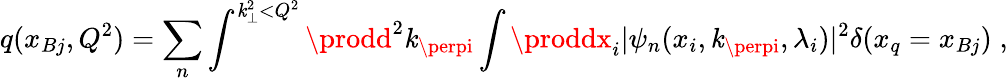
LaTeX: q(x_{Bj},Q^{2})=\sum_{n}\int^{\mathit{k}_{\perp}^{2}<Q^{2}}\prodd^{2}\mathit{k}_{\perpi}\int{\proddx_{i}}\vert\psi_{n}(x_{i},\mathit{k}_{\perpi},\lambda_{i})\vert^{2}\delta(x_{q}=x_{Bj})\; ,